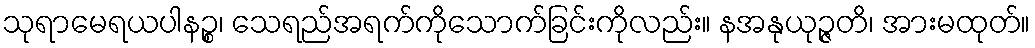
သုရာမေရယပါနဉ္စ၊ သေရည်အရက်ကိုသောက်ခြင်းကိုလည်း။ နအနုယုဉ္ဇတိ၊ အားမထုတ်။